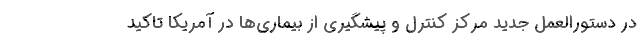
در دستورالعمل جدید مرکز کنترل و پیشگیری از بیماری‌ها در آمریکا تاکید